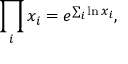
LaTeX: \prod _ { i } x _ { i } = e ^ { \sum _ { i } \ln x _ { i } } ,